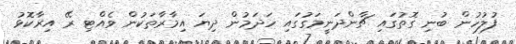
ފުލުހުން ބުނި ގޮތުގައި ޗާންދަނީމަގުގައި ހަދަމުން ދިޔަ އިމާރާތަކުން ވެއްޓި ރޭ އިރާކޮޅު